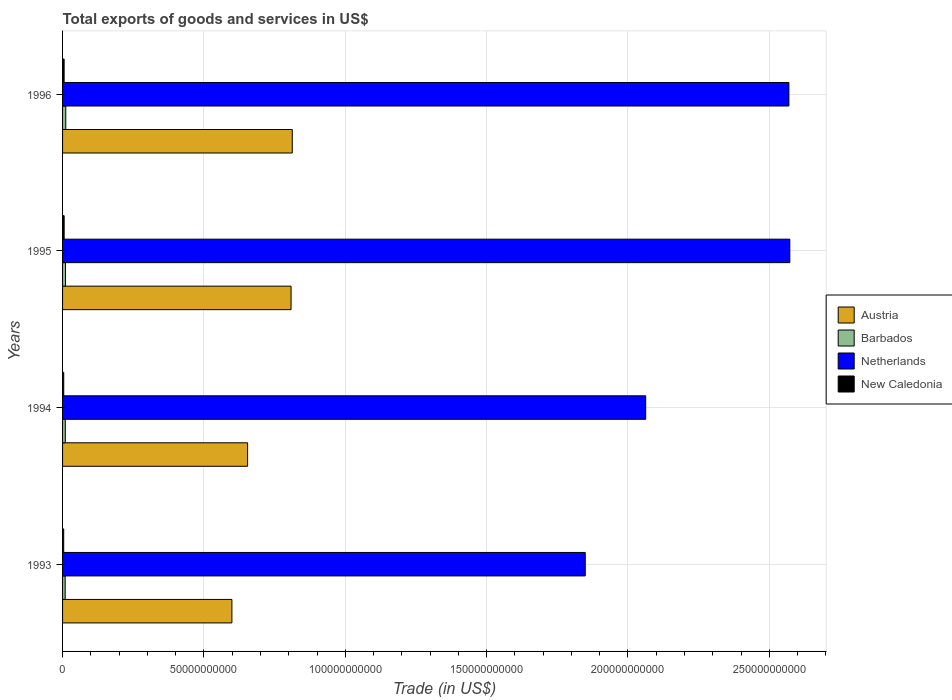
| Years | Austria | Barbados | Netherlands | New Caledonia |
 | --- | --- | --- | --- | --- |
 | 1993 | 5.99e+10 | 9.23e+08 | 1.85e+11 | 4.03e+08 |
 | 1994 | 6.55e+10 | 9.73e+08 | 2.06e+11 | 4.13e+08 |
 | 1995 | 8.08e+10 | 1.04e+09 | 2.57e+11 | 5.65e+08 |
 | 1996 | 8.13e+10 | 1.13e+09 | 2.57e+11 | 5.54e+08 |